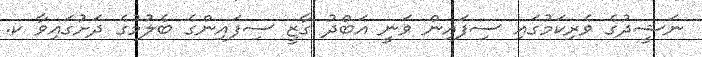
ނަޝީދުގެ ވެރިކަމުގައި ސިފައިން ވަނީ އަބްދު ގާޒީ ސިފައިންގެ ބެލުމުގެ ދަށުގައިވާ ކ.